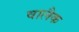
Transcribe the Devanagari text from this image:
वालैक